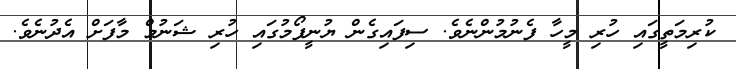
ކުރިމަތީގައި ހުރި މީހާ ފެނުމުންނެވެ. ސިފައިގެން ޔުނީފޯމުގައި ހުރި ޝަނުމް މާފަށް އެދުނެވެ.